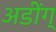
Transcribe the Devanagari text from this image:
अडींग्